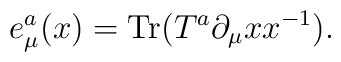
e^a_\mu(x)= {\rm Tr}(T^a\partial_\mu x x^{-1}).